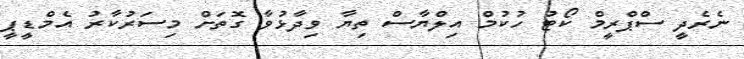
ނެރެދީ ސްޕްރީމް ކޯޓު ހުކުމް އިލްޔާސް ތިޔާ ވިދާޅުވާ ގޮތަށް މިސަރުކާރު އެމްޑީޕީ